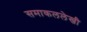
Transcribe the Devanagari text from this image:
समाकललेखी